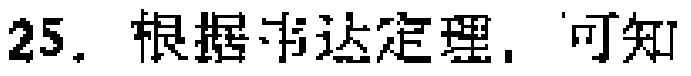
25. 根据韦达定理，可知